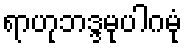
ရာဟုဘဒ္ဒမုပါဂမုံ